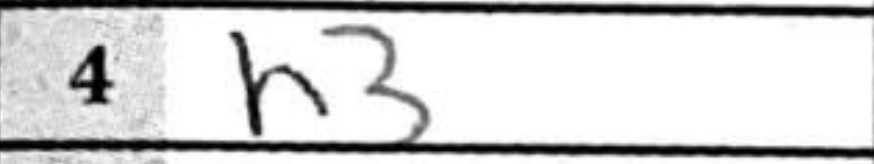
Transcription: h3